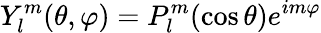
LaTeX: Y_{l}^{m}(\theta,\varphi)=P_{l}^{m}(\cos\theta)e^{im\varphi}